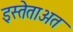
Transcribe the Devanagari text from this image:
इस्तेताअत